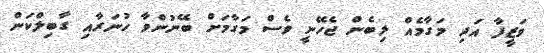
ވަޒީފާ އަދި މަގާމެއް ލިބެން ޖެހޭނީ ވެސް މަގާމަށް ބޭނުންވާ ހުނަރާއި ގާބިލްކަން